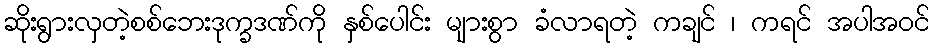
ဆိုးရွားလှတဲ့စစ်ဘေးဒုက္ခဒဏ်ကို နှစ်ပေါင်း များစွာ ခံလာရတဲ့ ကချင် ၊ ကရင် အပါအဝင်